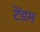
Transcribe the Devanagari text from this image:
टेंडम